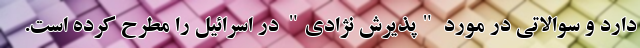
دارد و سوالاتی در مورد "پذیرش نژادی" در اسرائیل را مطرح کرده است.